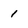
Character: 1